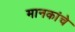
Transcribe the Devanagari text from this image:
मानकांचे